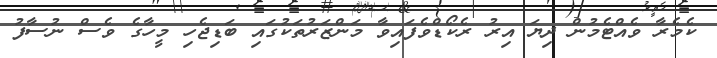
ކެމެރާ ވެއްޓެމުން ދިޔަ އިރު ރެކޯޑްވެފައިވާ މަންޒަރުތަކުގައި ބަޑިޖެހި މީހާގެ ވެސް ނުސާފު